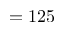
= 1 2 5